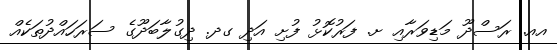
އއ. ރަސްދޫ މަޑިވަރާއި ށ. ފަރުކޮޅު ފުށި އަދި ގދ. ދިގުލާބަދޫގެ ސަރަހައްދުތަކެއް